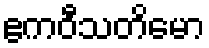
ဧကဝီသတိမော